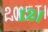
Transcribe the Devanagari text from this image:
१२।